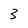
Character: 3